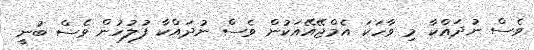
ވެސް ނުދައްކާ މި ވާހަކަ އެމްޖޭއޭއަކުން ވެސް ނުދައްކާ ފުލުހުން ވެސް ބުނީ